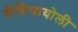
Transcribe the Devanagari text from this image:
मैशियायोली